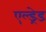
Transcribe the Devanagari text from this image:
एल्ड्रेड